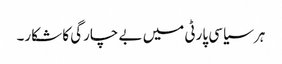
ہر سیاسی پارٹی میں بے چارگی کا شکار۔